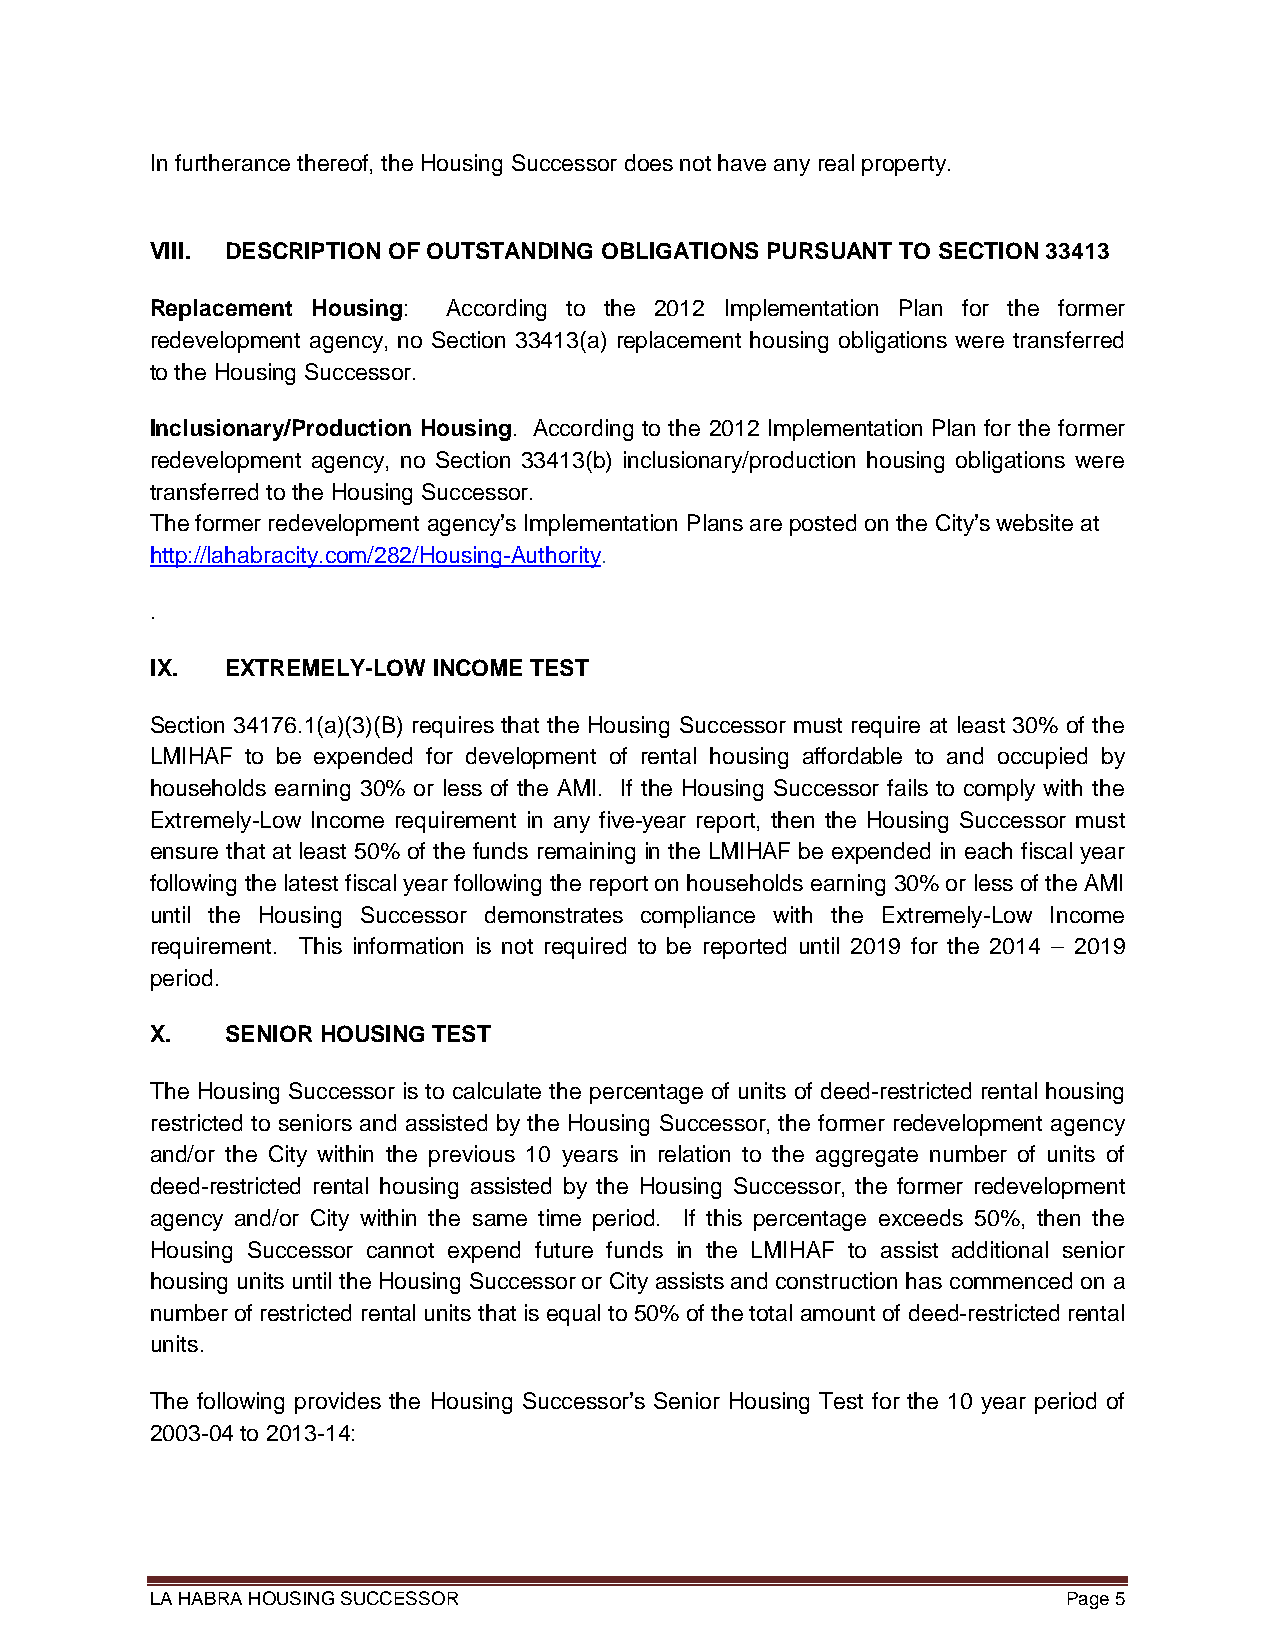
In furtherance thereof, the Housing Successor does not have any real property.
 VIII. DESCRIPTION OF OUTSTANDING OBLIGATIONS PURSUANT TO SECTION 33413
 Replacement Housing: According to the 2012 Implementation Plan for the former
 redevelopment agency, no Section 33413(a) replacement housing obligations were transferred
 to the Housing Successor.
 Inclusionary/Production Housing. According to the 2012 Implementation Plan for the former
 redevelopment agency, no Section 33413(b) inclusionary/production housing obligations were
 transferred to the Housing Successor.
 The former redevelopment agency’s Implementation Plans are posted on the City’s website at
 http://lahabracity.com/282/Housing-Authority.
 .
 IX.  EXTREMELY-LOW INCOME TEST
 Section 34176.1(a)(3)(B) requires that the Housing Successor must require at least 30% of the
 LMIHAF to be expended for development of rental housing affordable to and occupied by
 households earning 30% or less of the AMI. If the Housing Successor fails to comply with the
 Extremely-Low Income requirement in any five-year report, then the Housing Successor must
 ensure that at least 50% of the funds remaining in the LMIHAF be expended in each fiscal year
 following the latest fiscal year following the report on households earning 30% or less of the AMI
 until the Housing Successor demonstrates compliance with the Extremely-Low Income
 requirement. This information is not required to be reported until 2019 for the 2014 – 2019
 period.
 X.   SENIOR HOUSING TEST
 The Housing Successor is to calculate the percentage of units of deed-restricted rental housing
 restricted to seniors and assisted by the Housing Successor, the former redevelopment agency
 and/or the City within the previous 10 years in relation to the aggregate number of units of
 deed-restricted rental housing assisted by the Housing Successor, the former redevelopment
 agency and/or City within the same time period. If this percentage exceeds 50%, then the
 Housing Successor cannot expend future funds in the LMIHAF to assist additional senior
 housing units until the Housing Successor or City assists and construction has commenced on a
 number of restricted rental units that is equal to 50% of the total amount of deed-restricted rental
 units.
 The following provides the Housing Successor’s Senior Housing Test for the 10 year period of
 2003-04 to 2013-14:
 LA HABRA HOUSING SUCCESSOR                                   Page 5